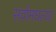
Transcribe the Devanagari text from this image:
सर्वांमधल्या